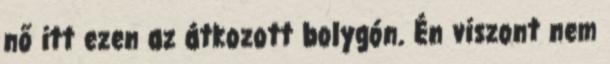
nő itt ezen az átkozott bolygón. Én viszont nem